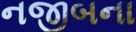
નજીબના